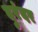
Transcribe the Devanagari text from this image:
दुरंदर